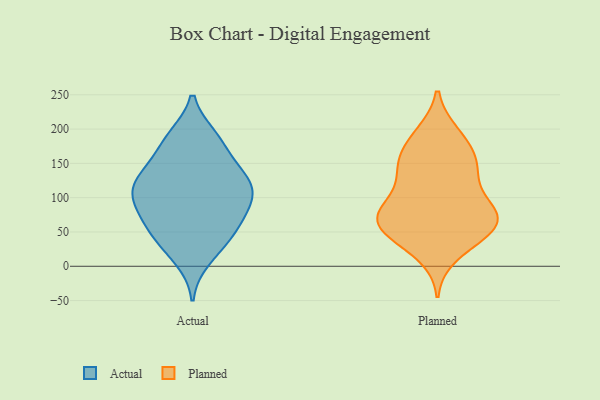
{"axis": {"x": "Tickets Resolved", "y": "Value"}, "legend": ["Actual", "Planned"], "data": [{"x": "", "y": 134, "type": "Actual"}, {"x": "", "y": 146, "type": "Actual"}, {"x": "", "y": 121, "type": "Actual"}, {"x": "", "y": 188, "type": "Actual"}, {"x": "", "y": 35, "type": "Actual"}, {"x": "", "y": 95, "type": "Actual"}, {"x": "", "y": 92, "type": "Actual"}, {"x": "", "y": 107, "type": "Actual"}, {"x": "", "y": 67, "type": "Actual"}, {"x": "", "y": 181, "type": "Actual"}, {"x": "", "y": 102, "type": "Actual"}, {"x": "", "y": 11, "type": "Actual"}, {"x": "", "y": 65, "type": "Actual"}, {"x": "", "y": 39, "type": "Actual"}, {"x": "", "y": 133, "type": "Actual"}, {"x": "", "y": 57, "type": "Actual"}, {"x": "", "y": 184, "type": "Actual"}, {"x": "", "y": 116, "type": "Actual"}, {"x": "", "y": 138, "type": "Planned"}, {"x": "", "y": 70, "type": "Planned"}, {"x": "", "y": 69, "type": "Planned"}, {"x": "", "y": 53, "type": "Planned"}, {"x": "", "y": 192, "type": "Planned"}, {"x": "", "y": 74, "type": "Planned"}, {"x": "", "y": 48, "type": "Planned"}, {"x": "", "y": 80, "type": "Planned"}, {"x": "", "y": 142, "type": "Planned"}, {"x": "", "y": 166, "type": "Planned"}, {"x": "", "y": 90, "type": "Planned"}, {"x": "", "y": 167, "type": "Planned"}, {"x": "", "y": 41, "type": "Planned"}, {"x": "", "y": 88, "type": "Planned"}, {"x": "", "y": 49, "type": "Planned"}, {"x": "", "y": 17, "type": "Planned"}, {"x": "", "y": 130, "type": "Planned"}, {"x": "", "y": 75, "type": "Planned"}, {"x": "", "y": 141, "type": "Planned"}, {"x": "", "y": 193, "type": "Planned"}]}